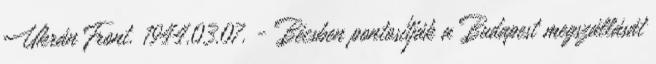
Ukrán Front. 1944.03.07. - Bécsben pontosítják a Budapest megszállását